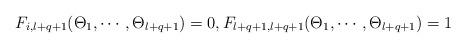
LaTeX: \begin{align*}F_{i,l+q+1}(\Theta_1,\cdots,\Theta_{l+q+1})=0,F_{l+q+1,l+q+1}(\Theta_1,\cdots,\Theta_{l+q+1})=1\end{align*}